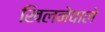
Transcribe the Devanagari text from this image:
खिलनेवाले